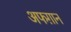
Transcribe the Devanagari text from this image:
अफग़ान